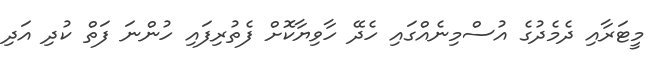
މީޓަރާއި ދެމެދުގެ އުސްމިނެއްގައި ހެދޭ ހާވިޔާކޮށް ފެތުރިފައި ހުންނަ ފަތް ކުދި އަދި